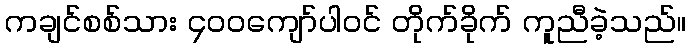
ကချင်စစ်သား ၄၀၀ကျော်ပါဝင် တိုက်ခိုက် ကူညီခဲ့သည်။